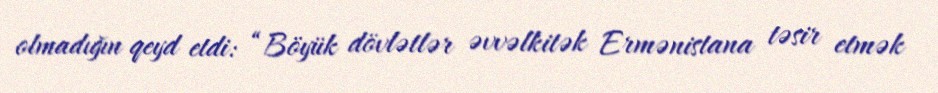
olmadığın qeyd etdi: “Böyük dövlətlər əvvəlkitək Ermənistana təsir etmək